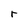
Character: r